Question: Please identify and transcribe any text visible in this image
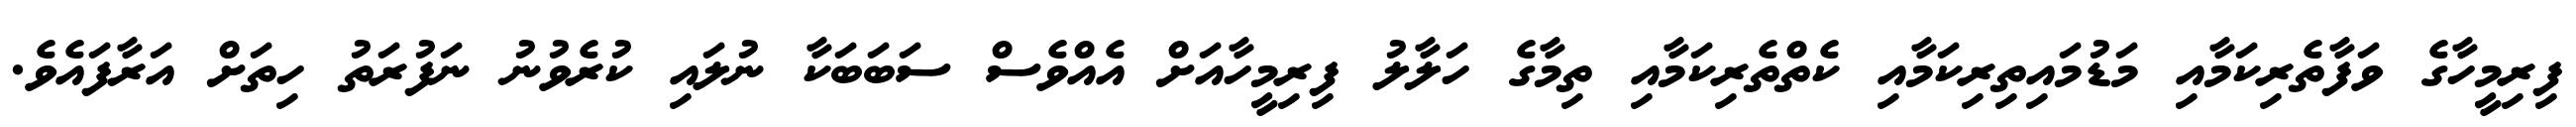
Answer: ފިރިމީހާގެ ވަފާތެރިކަމާއި މަޑުމައިތިރިކަމާއި ކެތްތެރިކަމާއި ތިމާގެ ހަލާލު ފިރިމީހާއަށް އެއްވެސް ސަބަބަކާ ނުލައި ކުރެވުނު ނަފުރަތު ހިތަށް އަރާފައެވެ.